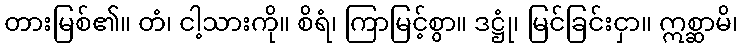
တားမြစ်၏။ တံ၊ ငါ့သားကို။ စိရံ၊ ကြာမြင့်စွာ။ ဒဋ္ဌုံ၊ မြင်ခြင်းငှာ။ ဣစ္ဆာမိ၊